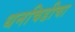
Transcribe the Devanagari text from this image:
धनचिडीचा